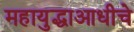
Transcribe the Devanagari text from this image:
महायुद्धाआधीचे